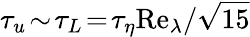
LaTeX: \tau_{u}\! \sim\! \tau_{L}\! =\! \tau_{\eta}\mathrm{Re}_{\lambda}/\sqrt{15}